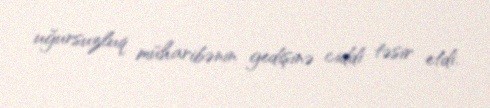
uğursuzluq müharibənin gedişinə ciddi təsir etdi.